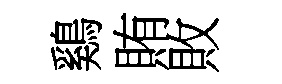
鷄賄敗